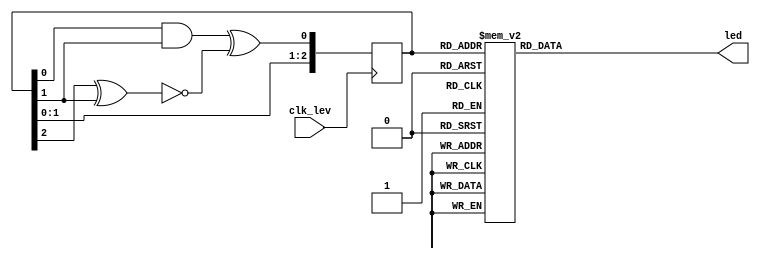
`timescale 1ns / 1ps
//////////////////////////////////////////////////////////////////////////////////
// Company: 
// Engineer: 
// 
// Design Name: 
// Module Name:    random 
// Project Name: 
// Target Devices: 
// Tool versions: 
// Description: 
//
// Dependencies: 
//
// Revision: 
// Revision 0.01 - File Created
// Additional Comments: 
//
//////////////////////////////////////////////////////////////////////////////////
module random(
    input clk_lev,
	 output reg[7:0] led
    );

	reg [2:0] random = 0;
	reg tmp;
	
	always @(posedge clk_lev) begin
		tmp = ((random[0] & random[1]) ^ ~(random[2]^ random[1]));
		random = {random[1:0], tmp};
		//else random =0;
	end
	
	always @(*) begin
		case(random)
			0: led = 8'b00000001;
			1: led = 8'b00000010;
			2: led = 8'b00000100;
			3: led = 8'b00001000;
			4: led = 8'b00010000;
			5: led = 8'b00100000;
			6: led = 8'b01000000;
			7: led = 8'b10000000;
			8: led = 8'b00000000;
		endcase
	end
	
	

endmodule